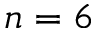
n = 6